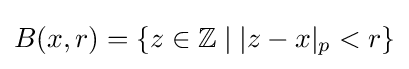
B(x,r)=\{z\in \mathbb {Z} \mid |z-x|_{p}<r\}